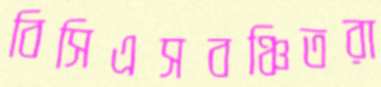
বিসিএসবঞ্চিতরা